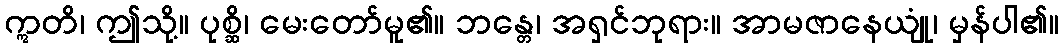
ဣတိ၊ ဤသို့။ ပုစ္ဆိ၊ မေးတော်မူ၏။ ဘန္တေ၊ အရှင်ဘုရား။ အာမဇာနေယျုံ၊ မှန်ပါ၏။